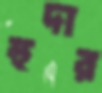
হুদার